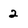
Character: 2